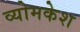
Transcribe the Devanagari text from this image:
व्‍योमकेश